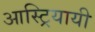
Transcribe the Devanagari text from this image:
आस्ट्रियायी